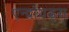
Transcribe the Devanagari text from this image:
एन्द्रॉयड्स